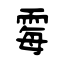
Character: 霉